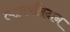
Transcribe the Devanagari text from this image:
त्यागबलिदान